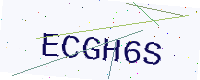
Text: ECGH6S